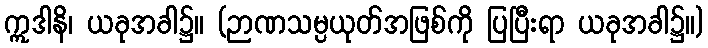
ဣဒါနိ၊ ယခုအခါ၌။ (ဉာဏသမ္ပယုတ်အဖြစ်ကို ပြပြီးရာ ယခုအခါ၌။)